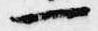
一